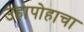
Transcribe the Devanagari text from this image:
उहापोहाचा